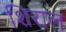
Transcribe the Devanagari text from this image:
शिराल